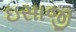
ઇસાજી